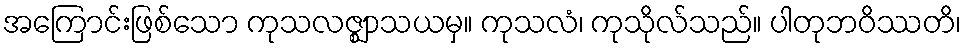
အကြောင်းဖြစ်သော ကုသလဇ္ဈာသယမှ။ ကုသလံ၊ ကုသိုလ်သည်။ ပါတုဘဝိဿတိ၊